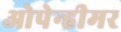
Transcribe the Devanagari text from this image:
ओपेन्हीमर